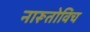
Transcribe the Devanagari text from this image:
नारूतोविच